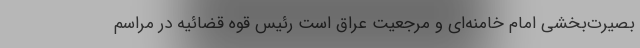
بصیرت‌بخشی امام خامنه‌ای و مرجعیت عراق است رئیس قوه قضائیه در مراسم